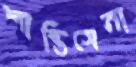
শান্তিসেনা